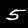
Digit: 5